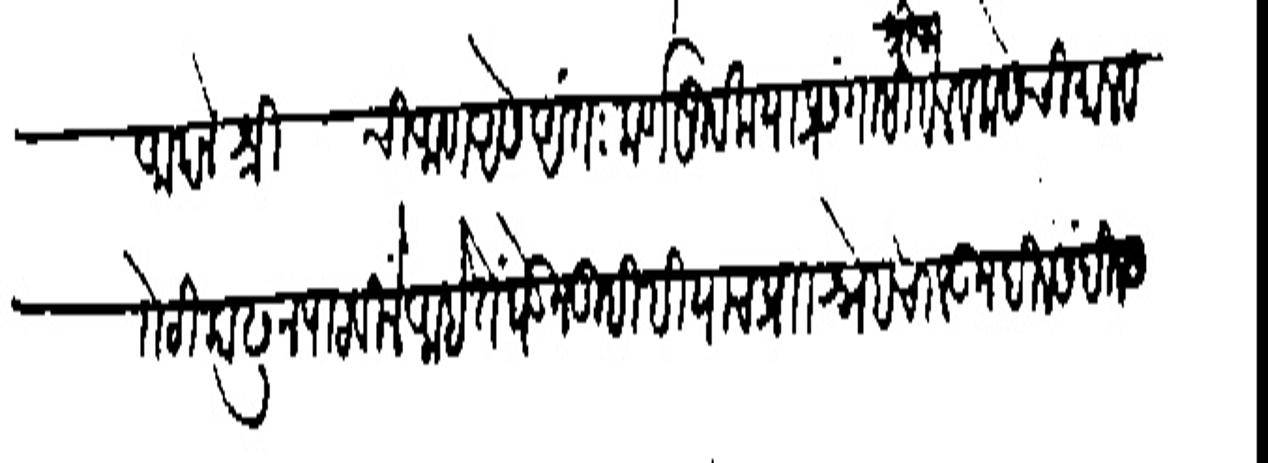
Transliteration (Devanagari): आपले श्री ची आण असे अंतःकर्णपूर्वक या प्रसंगासी श्रीचा बेल व कसेची माल व
रोटी काढून पाठविलें आहे ते धेऊन तुम्हीही याच प्रा स्नेह चालऊन दिबसेंदिवस